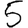
Digit: 5